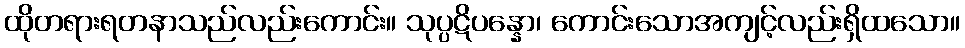
ထိုတရားရတနာသည်လည်းကောင်း။ သုပ္ပဋိပန္နော၊ ကောင်းသောအကျင့်လည်းရှိထသော။